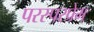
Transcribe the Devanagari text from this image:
परस्परप्रेम